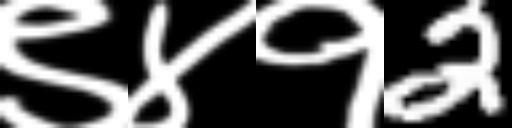
Text: ९४१2